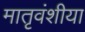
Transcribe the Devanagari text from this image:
मातृवंशीया